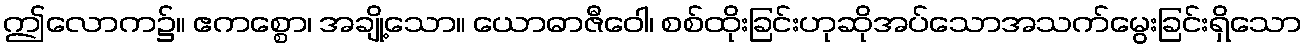
ဤလောက၌။ ဧကစ္စော၊ အချို့သော။ ယောဓာဇီဝေါ၊ စစ်ထိုးခြင်းဟုဆိုအပ်သောအသက်မွေးခြင်းရှိသော